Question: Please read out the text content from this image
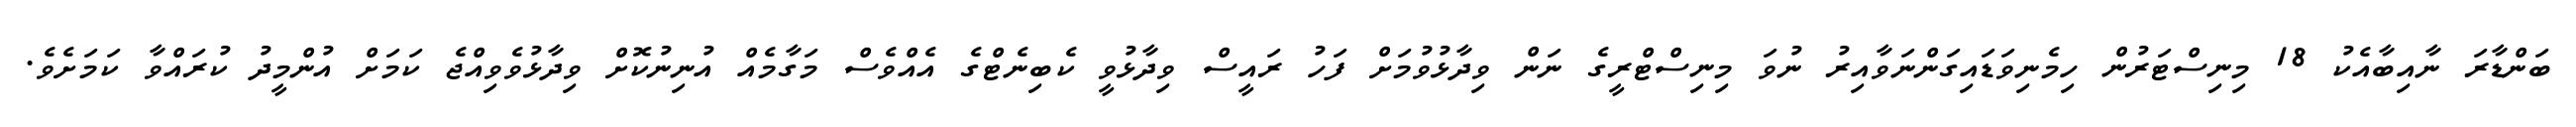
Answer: ބަންޑާރަ ނާއިބާއެކު 18 މިނިސްޓަރުން ހިމެނިވަޑައިގަންނަވާއިރު ނުވަ މިނިސްޓްރީގެ ނަން ވިދާޅުވުމަށް ފަހު ރައީސް ވިދާޅުވީ ކެބިނެޓްގެ އެއްވެސް މަގާމެއް އުނިނުކޮށް ވިދާޅުވެވިއްޖެ ކަމަށް އުންމީދު ކުރައްވާ ކަމަށެވެ.